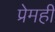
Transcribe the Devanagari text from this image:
प्रेमही